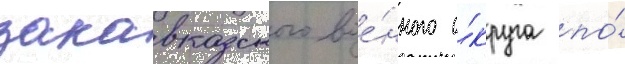
закавказского вое́нного о́круга по́